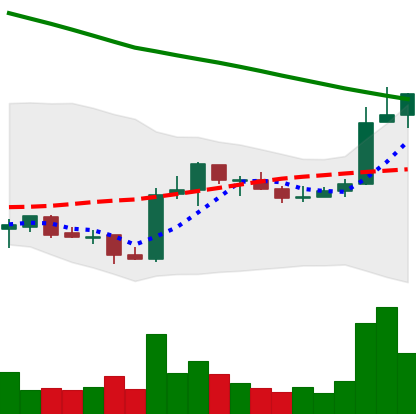
Ticker: ADA-USD
Chart end date: 2019-02-20
Forward return: -7.377%
Label: down_7plus